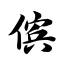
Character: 傧